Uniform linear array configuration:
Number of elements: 24
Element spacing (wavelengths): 1
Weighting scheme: hamming
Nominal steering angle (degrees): -60
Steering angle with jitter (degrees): -60.154
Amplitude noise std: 0.05
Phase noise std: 0.05

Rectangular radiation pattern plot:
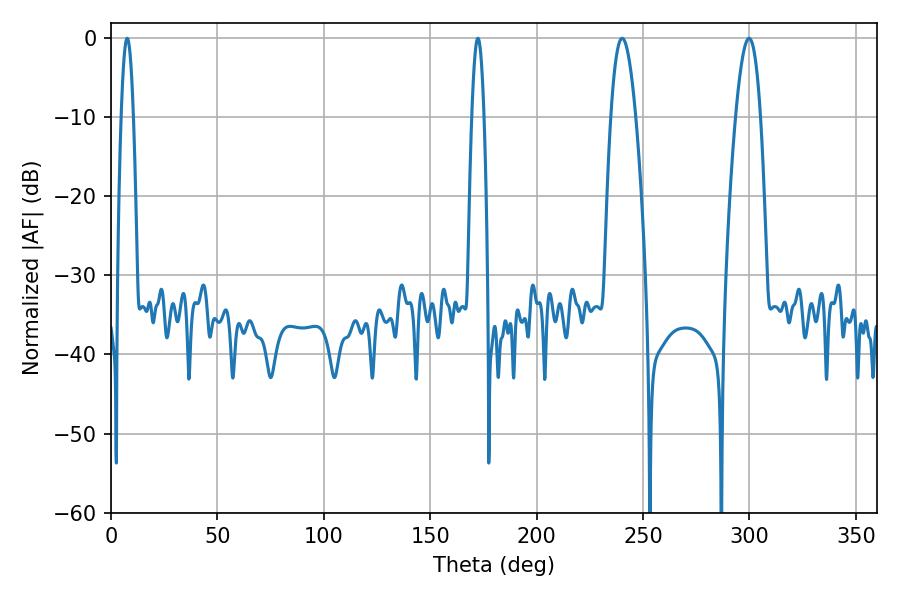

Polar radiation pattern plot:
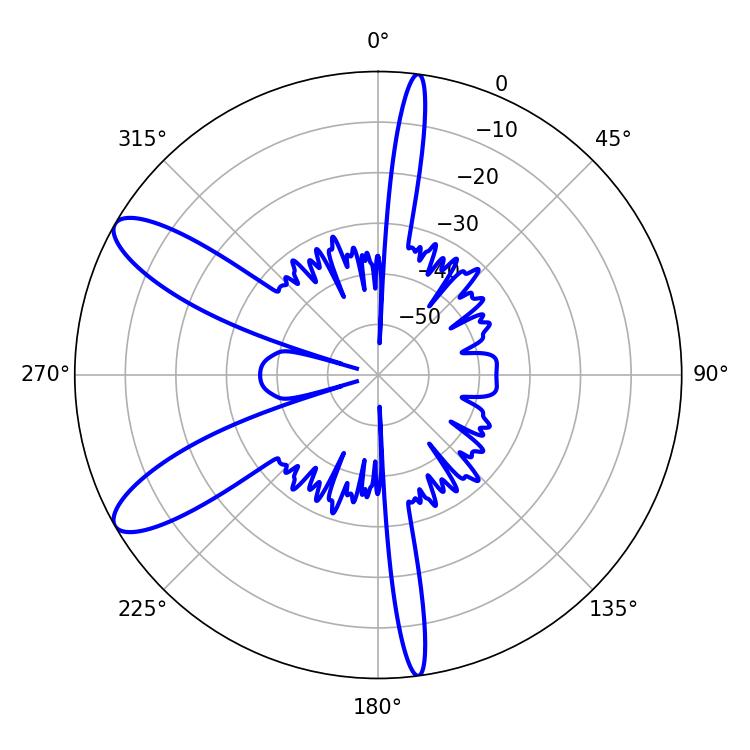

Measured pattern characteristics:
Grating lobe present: TRUE
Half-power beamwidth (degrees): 6.3
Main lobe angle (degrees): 240.12